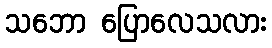
သဘော ပြောလေသလား